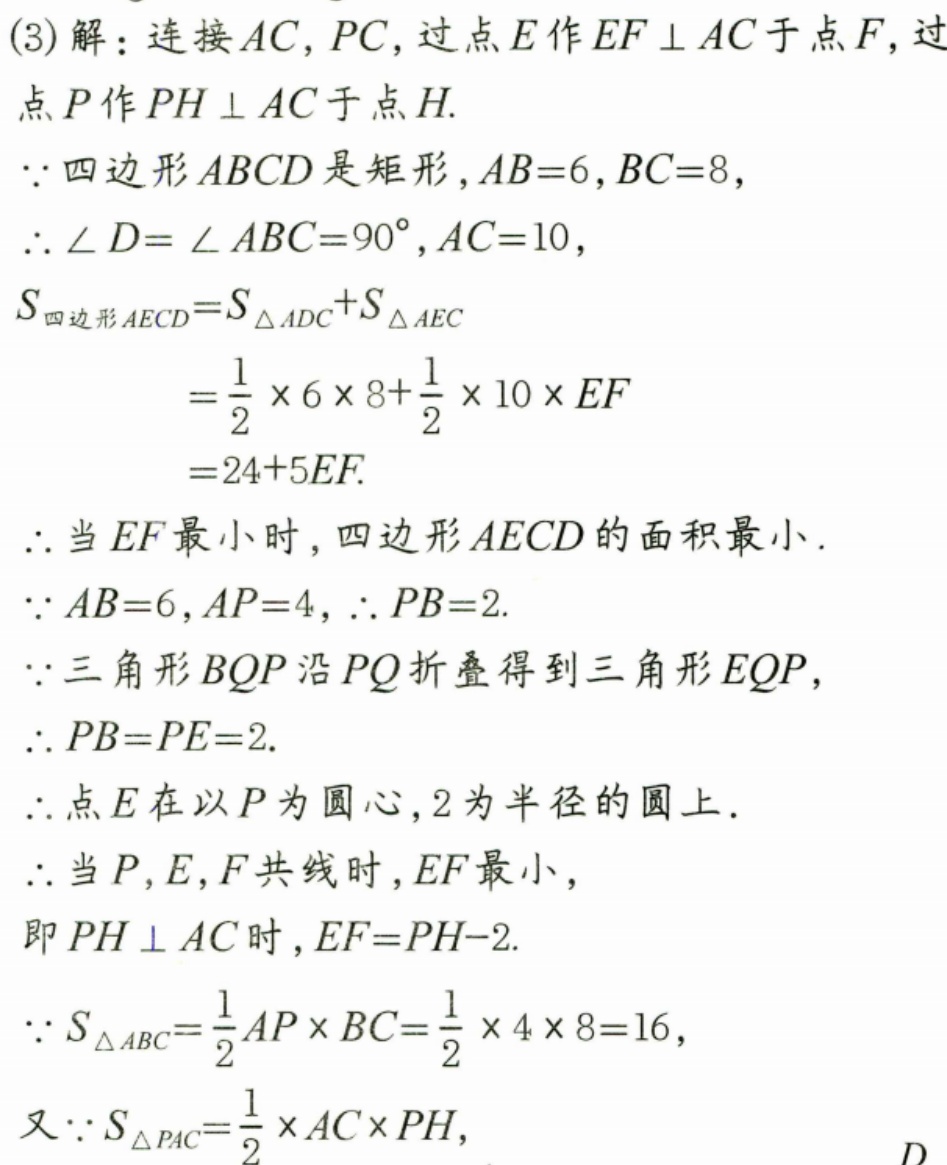
(3)解：连接 \(AC,PC\)，过点 \(E\) 作 \(EF\perp AC\) 于点 \(F\)，过
点 \(P\) 作 \(PH\perp AC\) 于点 \(H\).
\(\because\) 四边形 \(ABCD\) 是矩形，\(AB = 6\)，\(BC = 8\)，
\(\therefore\angle D=\angle ABC = 90^{\circ}\)，\(AC = 10\)，
\(S_{四边形AECD}=S_{\triangle ADC}+S_{\triangle AEC}\)
\(=\frac{1}{2}\times6\times8+\frac{1}{2}\times10\times EF\)
\(=24 + 5EF\).
\(\therefore\) 当 \(EF\) 最小时，四边形 \(AECD\) 的面积最小.
\(\because AB = 6\)，\(AP = 4\)，\(\therefore PB = 2\).
\(\because\) 三角形 \(BQP\) 沿 \(PQ\) 折叠得到三角形 \(EQP\)，
\(\therefore PB = PE = 2\).
\(\therefore\) 点 \(E\) 在以 \(P\) 为圆心，\(2\) 为半径的圆上.
\(\therefore\) 当 \(P,E,F\) 共线时，\(EF\) 最小，
即 \(PH\perp AC\) 时，\(EF = PH - 2\).
\(\because S_{\triangle ABC}=\frac{1}{2}AP\times BC=\frac{1}{2}\times4\times8 = 16\)，
又\(\because S_{\triangle PAC}=\frac{1}{2}\times AC\times PH\)，